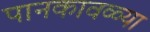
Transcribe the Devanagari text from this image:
पानकावळ्या